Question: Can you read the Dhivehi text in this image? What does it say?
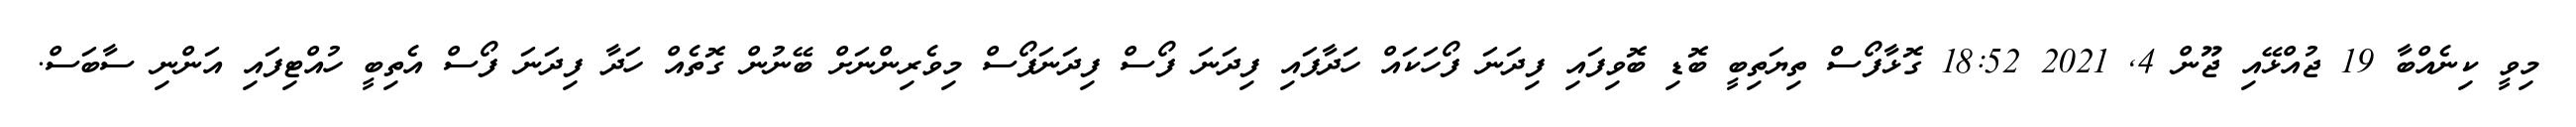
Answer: މިވީ ކިނެއްބާ 19 ޖުއްޅޭއި ޖޫން 4, 2021 18:52 ގޮޅާފޯސް ތިޔަތިބީ ބޮޑި ބޮވިފައި ފިދަނަ ފޯހަކައް ހަދާފައި ފިދަނަ ފޯސް ފިދަނަފޯސް މިވެރިންނަށް ބޭނުން ގޮތެއް ހަދާ ފިދަނަ ފޯސް އެތިބީ ހުއްޓިފައި އަންނި ސާބަސް.